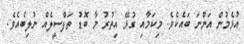
އުޅެމުން އަންނަ ބައެކެވެ. މިކަމާއި ގުޅޭ އިތުރު މާ ބޮޑު ތަފްސީލެއް ނުލިބެއެވެ.